Suggestions for procedure with regard to school attendance under the Education (Scotland) Act, 1936, sections 1 to 3 and 5, 1936
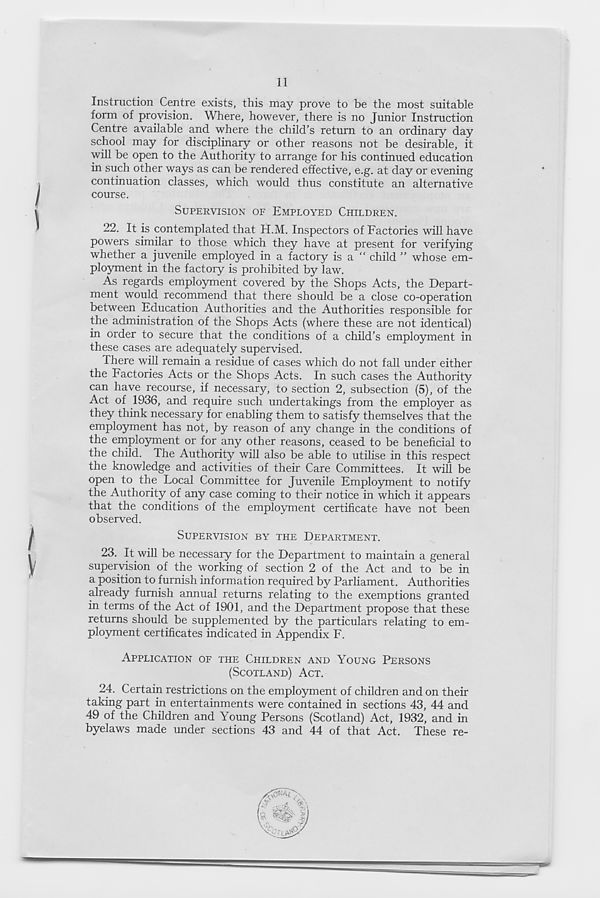
11
Instruction Centre exists, this may prove to be the most suitable
form of provision. Where, however, there is no Junior Instruction
Centre available and where the child's return to an ordinary day
school may for disciplinary or other reasons not be desirable, it
will be open to the Authority to arrange for his continued education
in such other ways as can be rendered effective, e.g. at day or evening
continuation classes, which would thus constitute an alternative
course.
SUPERVISION OF EMPLOYED CHILDREN.
22. It is contemplated that H.M. Inspectors of Factories will have
powers similar to those which they have at present for verifying
whether a juvenile employed in a factory is a “ child ” whose em-
ployment in the factory is prohibited by law.
As regards employment covered by the Shops Acts, the Depart-
ment would recommend that there should be a close co-operation
between Education Authorities and the Authorities responsible for
the administration of the Shops Acts (where these are not identical)
in order to secure that the conditions of a child’s employment in
these cases are adequately supervised.
There will remain a residue of cases which do not fall under either
the Factories Acts or the Shops Acts. In such cases the Authority
can have recourse, if necessary, to section 2, subsection (5), of the
Act of 1936, and require such undertakings from the employer as
they think necessary for enabling them to satisfy themselves that the
employment has not, by reason of any change in the conditions of
the employment or for any other reasons, ceased to be beneficial to
the child. The Authority will also be able to utilise in this respect
the knowledge and activities of their Care Committees. It will be
open to the Local Committee for Juvenile Employment to notify
the Authority of any case coming to their notice in which it appears
that the conditions of the employment certificate have not been
observed.
SUPERVISION BY THE DEPARTMENT.
23. It will be necessary for the Department to maintain a general
supervision of the working of section 2 of the Act and to be in
a position to furnish information required by Parliament. Authorities
already furnish annual returns relating to the exemptions granted
in terms of the Act of 1901, and the Department propose that these
returns should be supplemented by the particulars relating to em-
ployment certificates indicated in Appendix F.
APPLICATION OF THE CHILDREN AND YOUNG PERSONS
(SCOTLAND) ACT.
24. Certain restrictions on the employment of children and on their
taking part in entertainments were contained in sections 43, 44 and
49 of the Children and Young Persons (Scotland) Act, 1932, and in
byelaws made under sections 43 and 44 of that Act. These re-